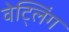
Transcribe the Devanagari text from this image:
वेट्लिंग